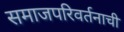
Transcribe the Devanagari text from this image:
समाजपरिवर्तनाची